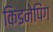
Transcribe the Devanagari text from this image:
किडनेपिंग